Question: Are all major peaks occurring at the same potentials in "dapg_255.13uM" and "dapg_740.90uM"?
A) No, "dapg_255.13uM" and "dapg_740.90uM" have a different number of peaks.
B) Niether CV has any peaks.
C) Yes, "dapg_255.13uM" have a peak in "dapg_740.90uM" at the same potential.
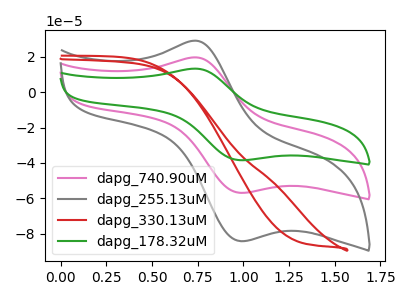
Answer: <think>The pink curve "dapg_740.90uM" has an anodic peak at (0.75V, 19.65uA) and a cathodic peak at (1.00V, -56.95uA). The gray curve "dapg_255.13uM" has an anodic peak at (0.75V, 29.10uA) and a cathodic peak at (1.00V, -84.30uA). The red curve "dapg_330.13uM" has no peaks. The green curve "dapg_178.32uM" has an anodic peak at (0.75V, 39.30uA) and a cathodic peak at (1.00V, -113.90uA).</think>
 <answer>C) Yes, "dapg_255.13uM" have a peak in "dapg_740.90uM" at the same potential.</answer>
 <eval>C</eval>